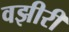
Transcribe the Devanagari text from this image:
वझीरी